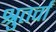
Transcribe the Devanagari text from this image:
श्रुतर्वा